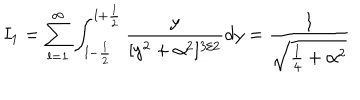
I _ { 1 } = \sum _ { l = 1 } ^ { \infty } \int _ { l - \frac { 1 } { 2 } } ^ { l + \frac { 1 } { 2 } } \frac { y } { [ y ^ { 2 } + \alpha ^ { 2 } ] ^ { 3 / 2 } } d y = \frac { 1 } { \sqrt { \frac { 1 } { 4 } + \alpha ^ { 2 } } }